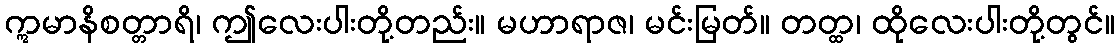
ဣမာနိစတ္တာရိ၊ ဤလေးပါးတို့တည်း။ မဟာရာဇ၊ မင်းမြတ်။ တတ္ထ၊ ထိုလေးပါးတို့တွင်။